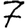
Digit: 7